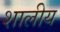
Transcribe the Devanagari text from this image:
शालीय